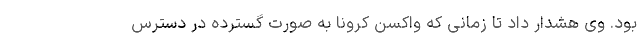
بود. وی هشدار داد تا زمانی که واکسن کرونا به صورت گسترده در دسترس